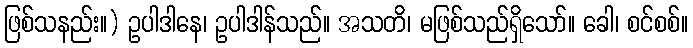
ဖြစ်သနည်း။) ဥပါဒါနေ၊ ဥပါဒါန်သည်။ အသတိ၊ မဖြစ်သည်ရှိသော်။ ခေါ၊ စင်စစ်။